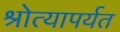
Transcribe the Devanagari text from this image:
श्रोत्यापर्यत